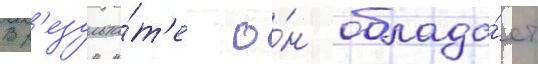
В р'езульта́т'е о́н облада́ет